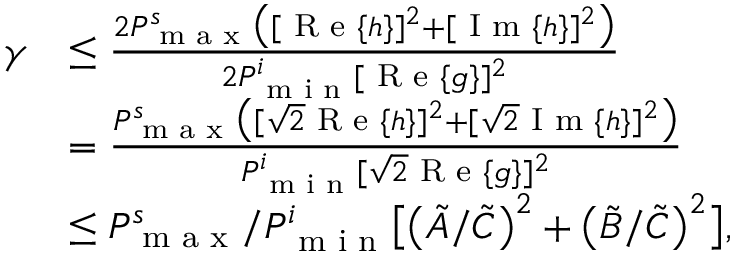
\begin{array} { r l } { \gamma } & { \leq \frac { 2 P _ { \textnormal { m a x } } ^ { s } \big ( [ \textnormal { R e } \{ h \} ] ^ { 2 } + [ \textnormal { I m } \{ h \} ] ^ { 2 } \big ) } { 2 P _ { \textnormal { m i n } } ^ { i } [ \textnormal { R e } \{ g \} ] ^ { 2 } } } \\ & { = \frac { P _ { \textnormal { m a x } } ^ { s } \big ( [ \sqrt { 2 } \textnormal { R e } \{ h \} ] ^ { 2 } + [ \sqrt { 2 } \textnormal { I m } \{ h \} ] ^ { 2 } \big ) } { P _ { \textnormal { m i n } } ^ { i } [ \sqrt { 2 } \textnormal { R e } \{ g \} ] ^ { 2 } } } \\ & { \leq P _ { \textnormal { m a x } } ^ { s } / P _ { \textnormal { m i n } } ^ { i } \big [ \big ( \tilde { A } / \tilde { C } \big ) ^ { 2 } + \big ( \tilde { B } / \tilde { C } \big ) ^ { 2 } \big ] , } \end{array}